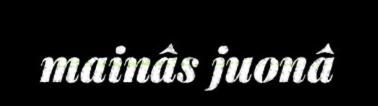
mainâs juonâ